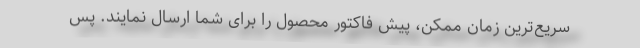
سریع­‌ترین زمان ممکن، پیش فاکتور محصول را برای شما ارسال نمایند. پس